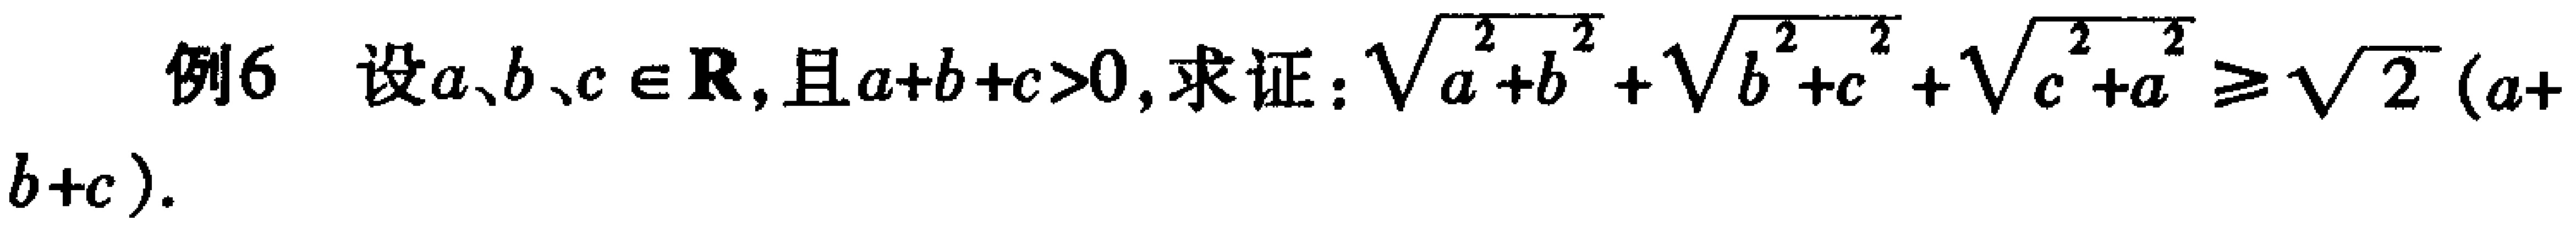
例6 设\(a、b、c\in \mathbb{R}\)，且\(a + b + c>0\)，求证：\(\sqrt{a^{2}+b^{2}}+\sqrt{b^{2}+c^{2}}+\sqrt{c^{2}+a^{2}}\geqslant\sqrt{2}(a + b + c)\)。